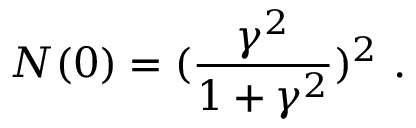
N ( 0 ) = ( \frac { \gamma ^ { 2 } } { 1 + \gamma ^ { 2 } } ) ^ { 2 } \ .